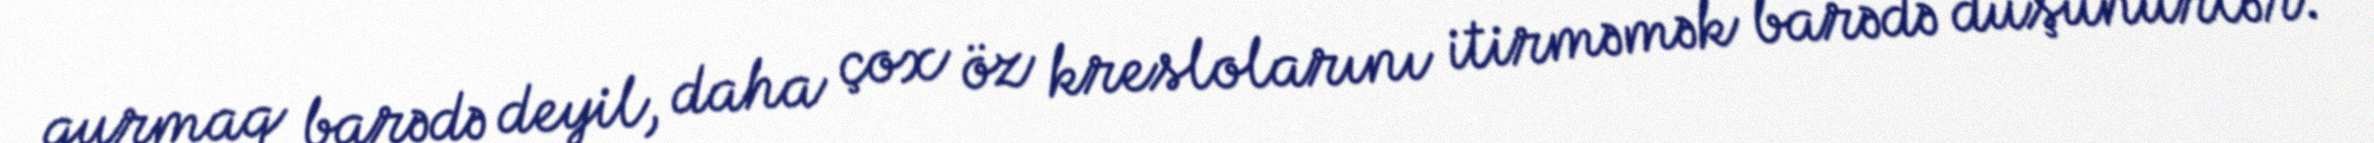
qurmaq barədə deyil, daha çox öz kreslolarını itirməmək barədə düşünürlər.